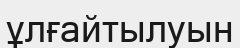
ұлғайтылуын